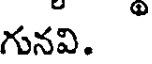
గునవి.